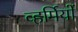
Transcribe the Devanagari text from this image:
व्हर्मियों